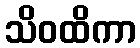
သိဝထိကာ